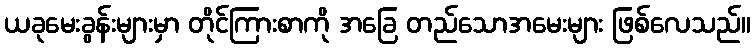
ယခုမေးခွန်းများမှာ တိုင်ကြားစာကို အခြေ တည်သောအမေးများ ဖြစ်လေသည်။